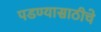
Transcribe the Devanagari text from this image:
पडण्यासाठीचे